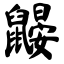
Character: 鼹